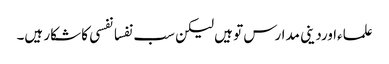
علماءاوردینی مدارس تو ہیں لیکن سب نفسانفسی کا شکار ہیں۔